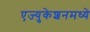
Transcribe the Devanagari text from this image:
एज्युकेशनमध्ये